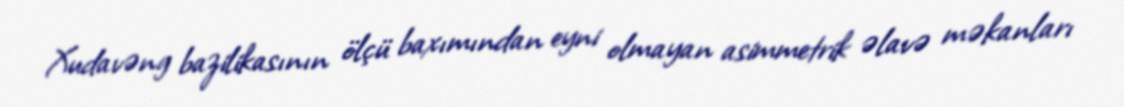
Xudavəng bazilikasının ölçü baxımından eyni olmayan asimmetrik əlavə məkanları